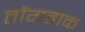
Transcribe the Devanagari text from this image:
तोंगहाक